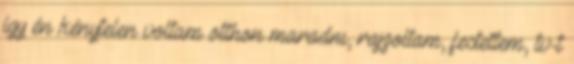
így én kénytelen voltam otthon maradni, rajzoltam, festettem, tv-t